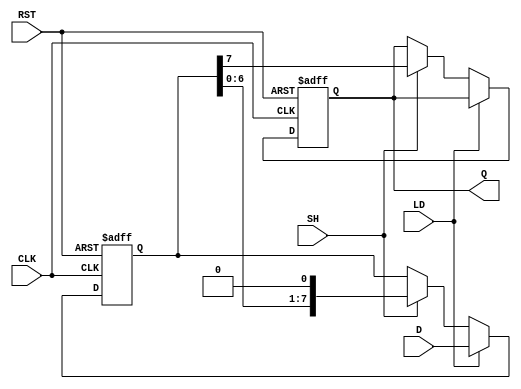
module dynamic_piso_register #(
    parameter WIDTH = 8  // Width of the register (number of parallel input bits)
)(
    input wire [WIDTH-1:0] D,    // Parallel data input
    input wire LD,                // Load control signal
    input wire SH,                // Shift control signal
    input wire CLK,               // Clock signal
    input wire RST,               // Reset signal
    output reg Q                  // Serial output
);

reg [WIDTH-1:0] storage;          // Storage for parallel data
reg [WIDTH-1:0] shift_reg;        // Shift register

// Reset or load operation
always @(posedge CLK or posedge RST) begin
    if (RST) begin
        storage <= 0;              // Reset storage
        shift_reg <= 0;            // Reset shift register
        Q <= 0;                    // Reset output
    end else if (LD) begin
        storage <= D;              // Load parallel data into storage
        shift_reg <= D;            // Initialize shift register with loaded data
    end else if (SH) begin
        Q <= shift_reg[WIDTH-1];   // Output the MSB to Q
        shift_reg <= {shift_reg[WIDTH-2:0], 1'b0}; // Shift left by 1
    end
end

endmodule